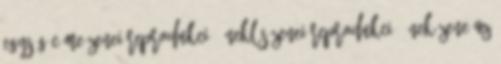
egység címe Zenei reprodukció Éneklés Zenei reprodukció Ének-zene az